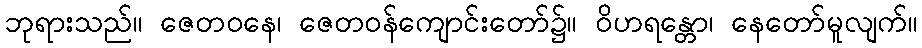
ဘုရားသည်။ ဇေတဝနေ၊ ဇေတဝန်ကျောင်းတော်၌။ ဝိဟရန္တော၊ နေတော်မူလျက်။